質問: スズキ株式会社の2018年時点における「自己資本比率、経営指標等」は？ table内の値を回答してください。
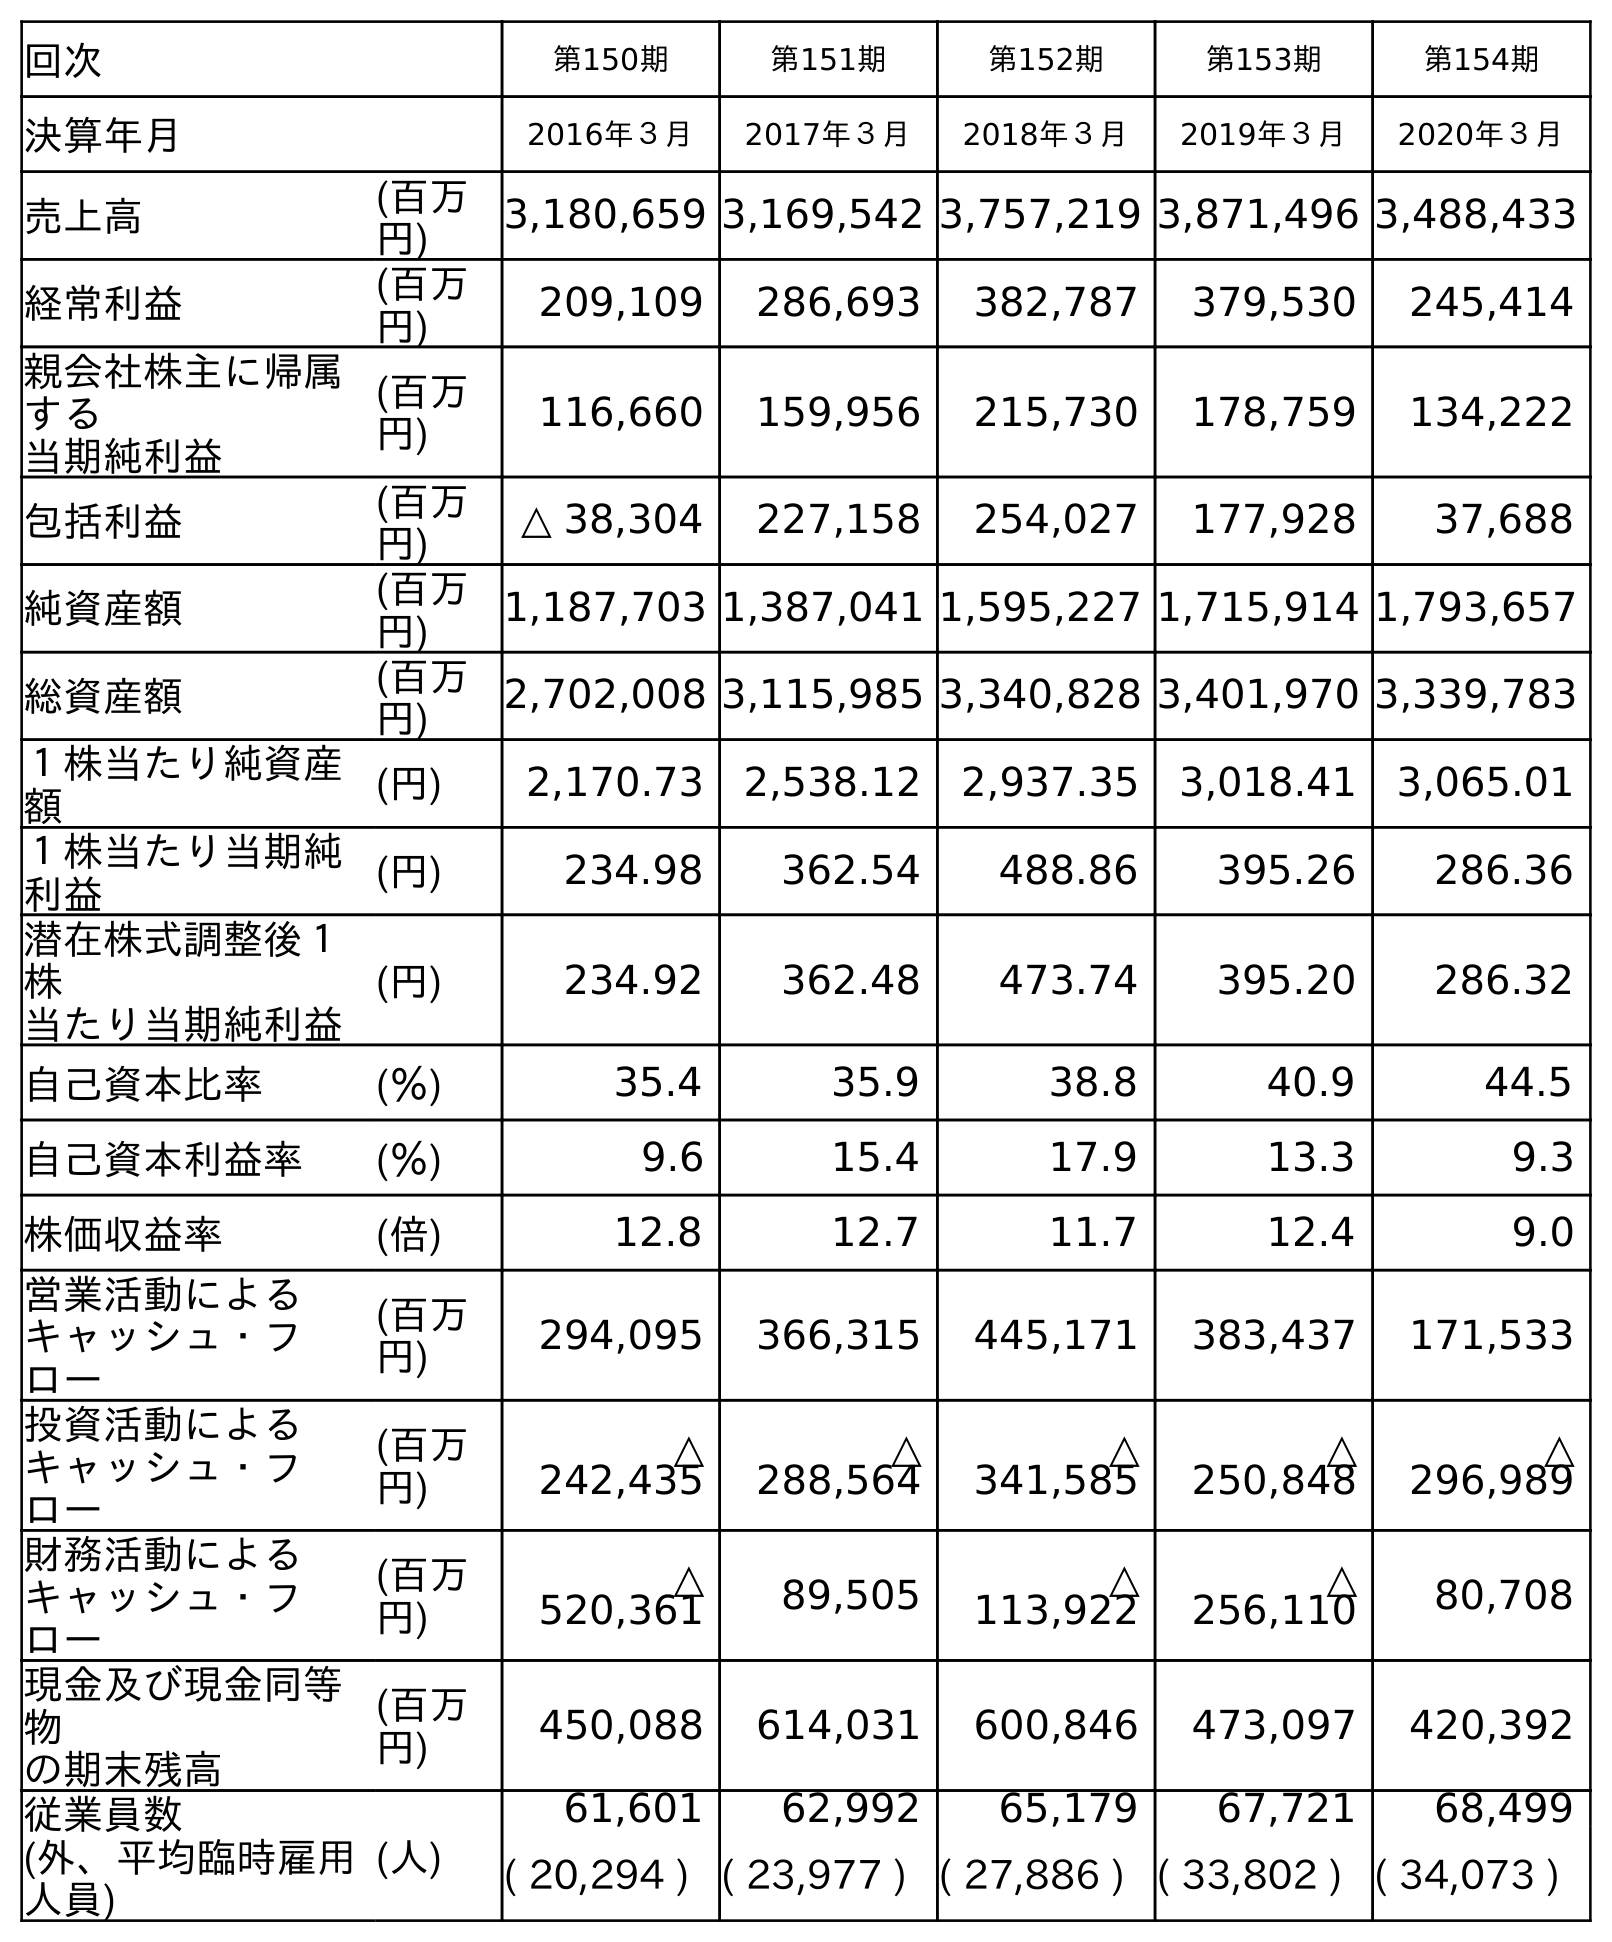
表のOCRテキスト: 回次 第150期 第151期 第152期 第153期 第154期 決算年月 2016年３月 2017年３月 2018年３月 2019年３月 2020年３月 売上高 (百万 円) 3,180,659 3,169,542 3,757,219 3,871,496 3,488,433 経常利益 (百万 円) 209,109 286,693 382,787 379,530 245,414 親会社株主に帰属 する 当期純利益 (百万 円) 116,660 159,956 215,730 178,759 134,222 包括利益 (百万 円) △ 38,304 227,158 254,027 177,928 37,688 純資産額 (百万 円) 1,187,703 1,387,041 1,595,227 1,715,914 1,793,657 総資産額 (百万 円) 2,702,008 3,115,985 3,340,828 3,401,970 3,339,783 １株当たり純資産 額 (円) 2,170.73 2,538.12 2,937.35 3,018.41 3,065.01 １株当たり当期純 利益 (円) 234.98 362.54 488.86 395.26 286.36 潜在株式調整後１ 株 当たり当期純利益 (円) 234.92 362.48 473.74 395.20 286.32 自己資本比率 (％) 35.4 35.9 38.8 40.9 44.5 自己資本利益率 (％) 9.6 15.4 17.9 13.3 9.3 株価収益率 (倍) 12.8 12.7 11.7 12.4 9.0 営業活動による キャッシュ・フ ロー (百万 円) 294,095 366,315 445,171 383,437 171,533 投資活動による キャッシュ・フ ロー (百万 円) △ 242,435 △ 288,564 △ 341,585 △ 250,848 △ 296,989 財務活動による キャッシュ・フ ロー (百万 円) △ 520,361 89,505 △ 113,922 △ 256,110 80,708 現金及び現金同等 物 の期末残高 (百万 円) 450,088 614,031 600,846 473,097 420,392 従業員数 (外、平均臨時雇用 人員) (人) 61,601 62,992 65,179 67,721 68,499 ( 20,294 ) ( 23,977 ) ( 27,886 ) ( 33,802 ) ( 34,073 )
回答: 38.8